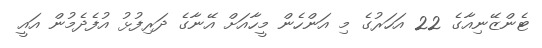
ޓެންޒޭނިއާގެ 22 އަހަރުގެ މި އަންހެން މީހާއަށް އޭނާގެ ދަރިފުޅު އުފެދެމުން އައީ